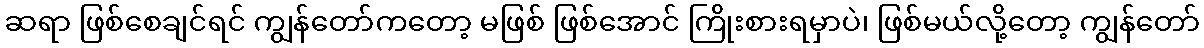
ဆရာ ဖြစ်စေချင်ရင် ကျွန်တော်ကတော့ မဖြစ် ဖြစ်အောင် ကြိုးစားရမှာပဲ၊ ဖြစ်မယ်လို့တော့ ကျွန်တော်